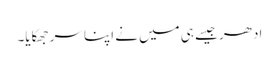
ادھر جیسے ہی میں نے اپنا سر جھکایا۔